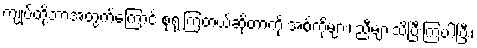
ကျုပ်တို့ဘာအတွက်ကြောင့် စုရုံးကြတယ်ဆိုတာကို အစ်ကိုများ၊ ညီများသိပြီးကြပါပြီး၊